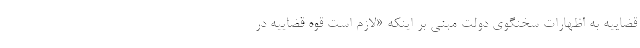
قضاییه به اظهارات سخنگوی دولت مبنی بر اینکه «لازم است قوه قضاییه در